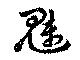
魅